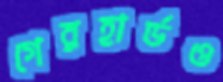
গেরহার্ডও